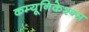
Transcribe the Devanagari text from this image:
कम्यूनिकेश्न्स